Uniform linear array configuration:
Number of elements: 12
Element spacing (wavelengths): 1
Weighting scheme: kaiser
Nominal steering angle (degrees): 15
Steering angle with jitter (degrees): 16.247
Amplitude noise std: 0.05
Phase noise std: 0.05

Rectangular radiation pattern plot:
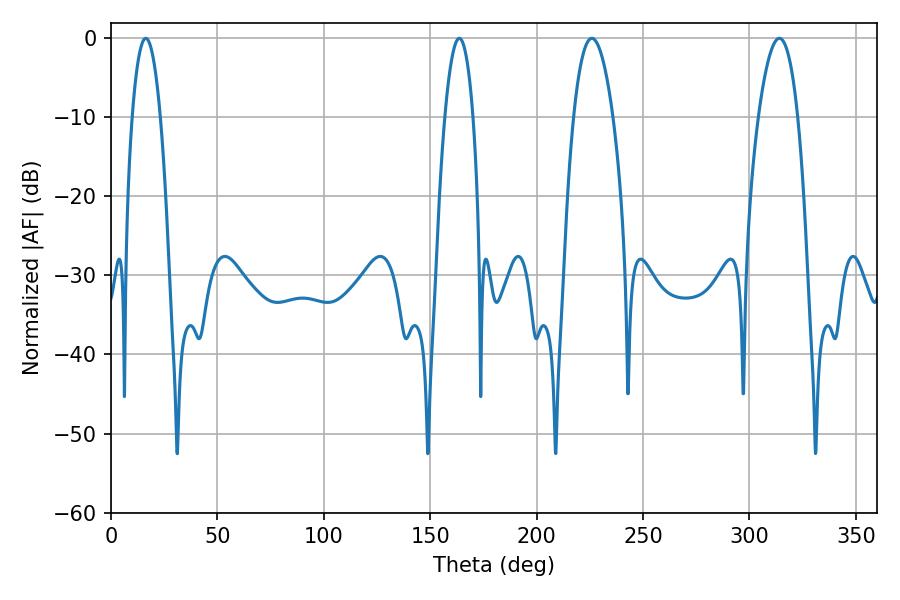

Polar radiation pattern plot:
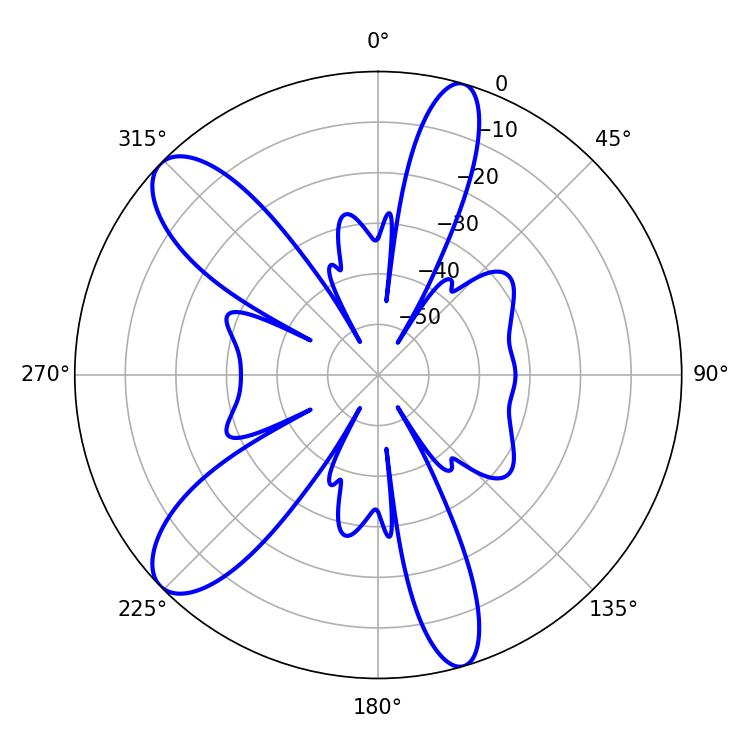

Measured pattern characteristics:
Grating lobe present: TRUE
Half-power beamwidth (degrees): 10.26
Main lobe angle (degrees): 225.9